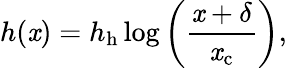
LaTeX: h(\mathit{x})=h_{\mathrm{{h}}}\log\left(\frac{{\mathit{x}+\delta}}{{\mathit{x}_{\mathrm{{c}}}}}\right),